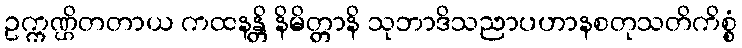
ဥက္ကဏ္ဌိတတာယ ကထနန္တိ နိမိတ္တာနိ သုဘာဒိသညာပဟာနစတုသတိကိစ္စံ